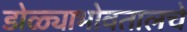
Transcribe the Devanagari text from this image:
डोळ्याभोवतालचे